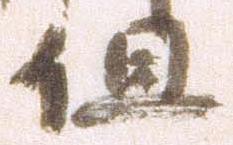
但